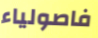
فاصولياء